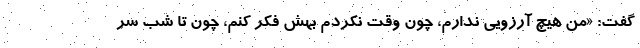
گفت: «من هیچ آرزویی ندارم، چون وقت نکردم بهش فکر کنم، چون تا شب سر